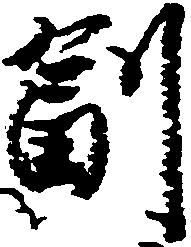
副